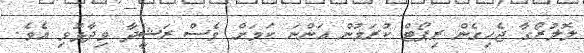
ލޮލުރޯގާ ޖެހިގެން ރިޕޯޓް ކުރަމުން އަންނަ ކަމަށް ވެސް ރަޝީދާ ވިދާޅުވި އެވެ.